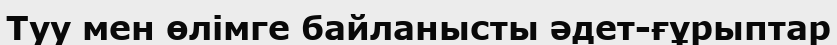
Туу мен өлімге байланысты әдет-ғұрыптар